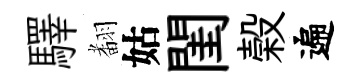
驛𮋒姑閨榖遍